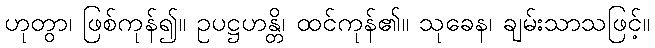
ဟုတွာ၊ ဖြစ်ကုန်၍။ ဥပဋ္ဌဟန္တိ၊ ထင်ကုန်၏။ သုခေန၊ ချမ်းသာသဖြင့်။